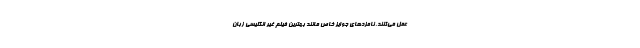
عمل می‌کنند. نامزدهای جوایز خاص مانند بهترین فیلم غیر انگلیسی زبان